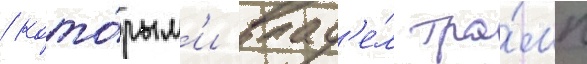
/ кото́рым'и влад'е́л тра́мп